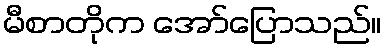
မီစာတိုက အော်ပြောသည်။